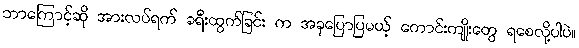
ဘာကြောင့်ဆို အားလပ်ရက် ခရီးထွက်ခြင်း က အခုပြောပြမယ့် ကောင်းကျိုးတွေ ရစေလို့ပါပဲ။